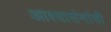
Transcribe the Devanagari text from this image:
आश्वासंनांची